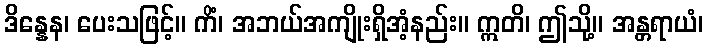
ဒိန္နေန၊ ပေးသဖြင့်။ ကိံ၊ အဘယ်အကျိုးရှိအံ့နည်း။ ဣတိ၊ ဤသို့။ အန္တရာယံ၊